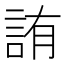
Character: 詴